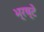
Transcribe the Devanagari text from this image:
भ्रष्टे